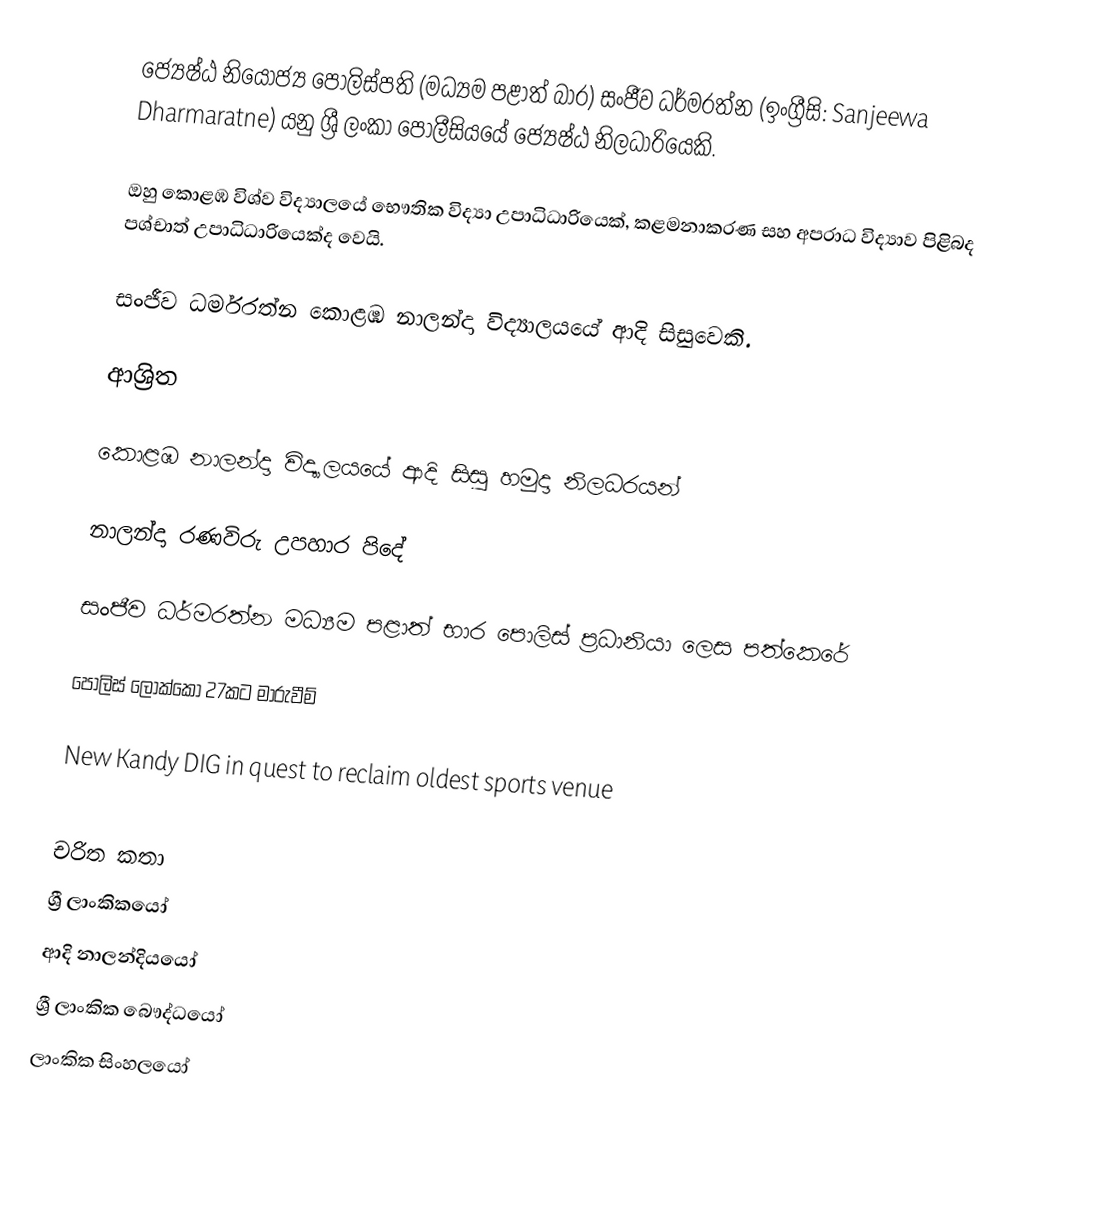
ජ්‍යෙෂ්ඨ නියෝජ්‍ය ‍පොලිස්පති (මධ්‍යම පළාත් බාර) සංජීව ධර්මරත්න (ඉංග්‍රීසි: Sanjeewa Dharmaratne) යනු  ශ්‍රී ලංකා පොලීසියයේ ජ්‍යෙෂ්ඨ නිලධාරියෙකි.

ඔහු කොළඹ විශ්ව විද්‍යාලයේ භෞතික විද්‍යා උපාධිධාරියෙක්, කළමනාකරණ සහ අපරාධ විද්‍යාව පිළිබද පශ්චාත් උපාධිධාරියෙක්ද වෙයි.

සංජීව ධර්මරත්න කොළඹ නාලන්දා විද්‍යාලයයේ ආදි සිසුවෙකි.

ආශ්‍රිත

 කොළඹ නාලන්දා විද්‍යාලයයේ ආදි සිසු හමුදා නිලධරයන්

 නාලන්දා රණවිරු උපහාර පිදේ

 සංජීව ධර්මරත්න මධ්‍යම පළාත් භාර පොලිස් ප්‍රධානියා ලෙස පත්කෙරේ

 පොලිස් ලොක්කෝ 27කට මාරුවීම්

 New Kandy DIG in quest to reclaim oldest sports venue

චරිත කතා
ශ්‍රී ලාංකිකයෝ
ආදි නාලන්දියයෝ
ශ්‍රී ලාංකික බෞද්ධයෝ
ලාංකික සිංහලයෝ